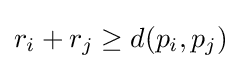
r_{i}+r_{j}\geq d(p_{i},p_{j})